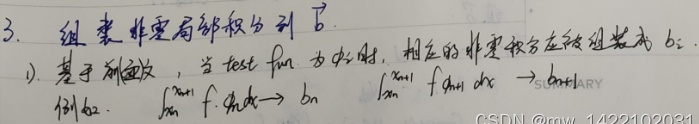
3. 组装非零局部积分到 $\boldsymbol{b}$.
1) 基于剖分，当 test - fun. 为 $\phi_{i}$ 时，相应的非零积分在被组装成 $b_{i}$:
例如: $\int_{x_{n}}^{x_{n + 1}} f \cdot \phi_{i} \mathrm{d}x \to b_{n}$
$\int_{x_{n}}^{x_{n+1}} f \cdot \phi_{i} \mathrm{d}x \to b_{n}$